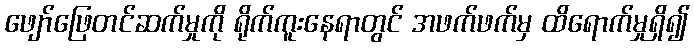
ဖျော်ဖြေတင်ဆက်မှုကို ရိုက်ကူးနေရာတွင် အဖက်ဖက်မှ ထိရောက်မှုရှိ၍